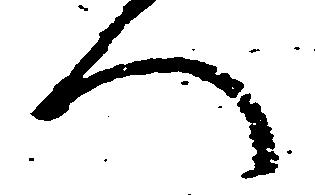
へ